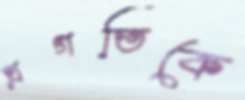
প্রগতিকে